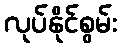
လုပ်နိုင်စွမ်း